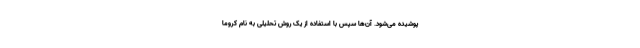
پوشیده می‌شود. آن‌ها سپس با استفاده از یک روش تحلیلی به نام کروما